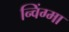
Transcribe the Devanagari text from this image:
न्विंग्मा